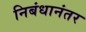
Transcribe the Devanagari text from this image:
निबंधानंतर